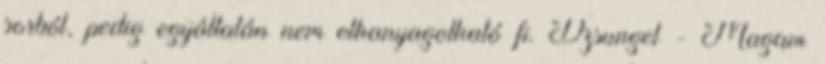
sorból, pedig egyáltalán nem elhanyagolható fi. Dzsungel - Magam